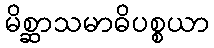
မိစ္ဆာသမာဓိပစ္စယာ